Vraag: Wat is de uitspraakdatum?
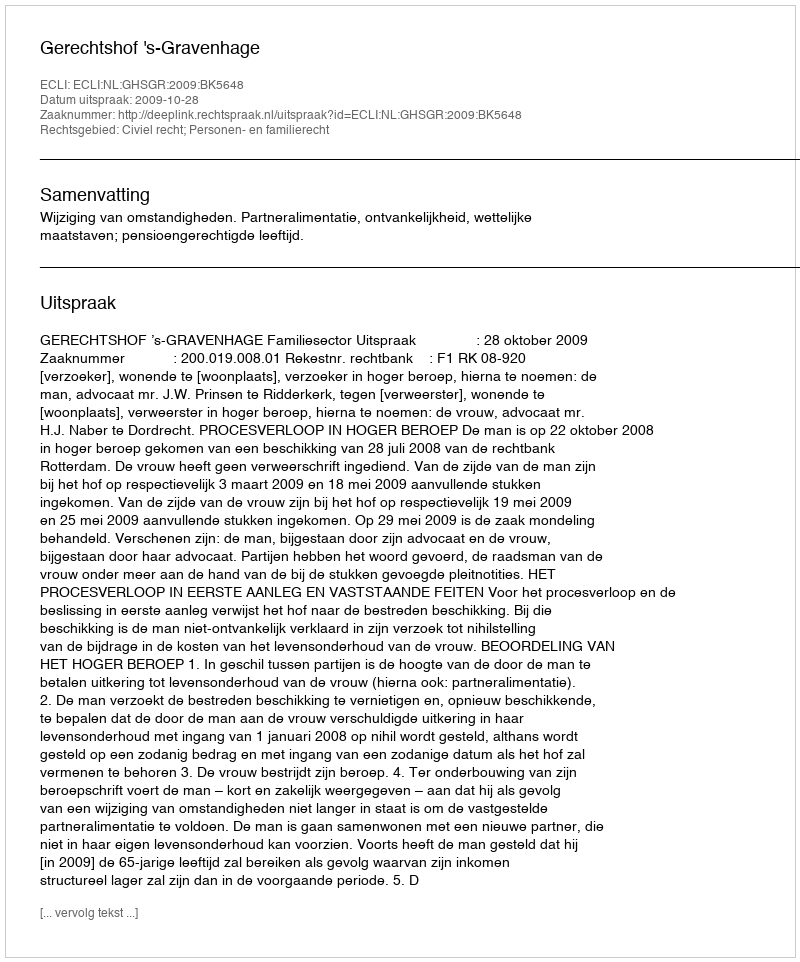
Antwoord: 2009-10-28